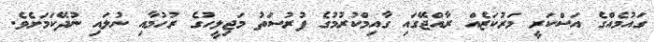
ގައުމެއްގެ އަސްކަރީ މަރުކަޒެއް ރާއްޖޭގައި ގާއިމްކުރުމުގެ ފުރުސަތު މަޖިލީހުގެ ރުހުމާއި ނުލައި ނުދޭކަމަށެވެ.